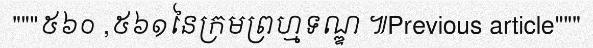
"""៥៦០ ,៥៦១នៃក្រមព្រហ្មទណ្ឌ ៕Previous article"""